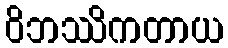
ဝိဘဿိကတာယ